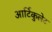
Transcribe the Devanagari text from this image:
आर्टिकुलेट